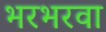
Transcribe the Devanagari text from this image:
भरभरवा